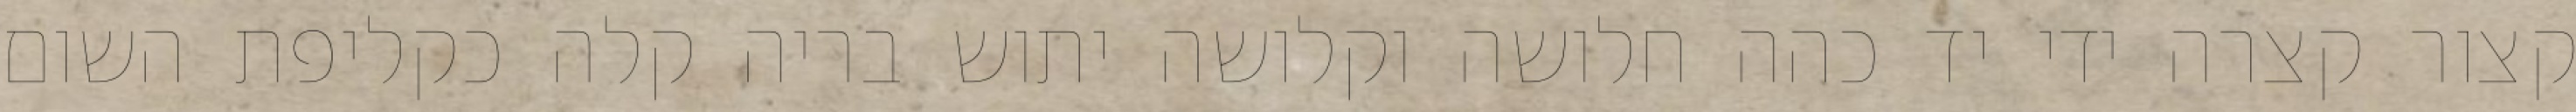
קצור קצרה ידי יד כהה חלושה וקלושה יתוש בריה קלה כקליפת השום